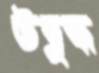
উদ্বুদ্ধ